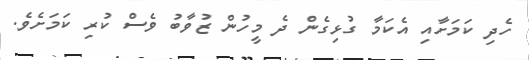
ހެދި ކަމަށާއި އެކަމާ ގުޅިގެން ދެ މީހުން ޒުވާބު ވެސް ކުރި ކަމަށެވެ.